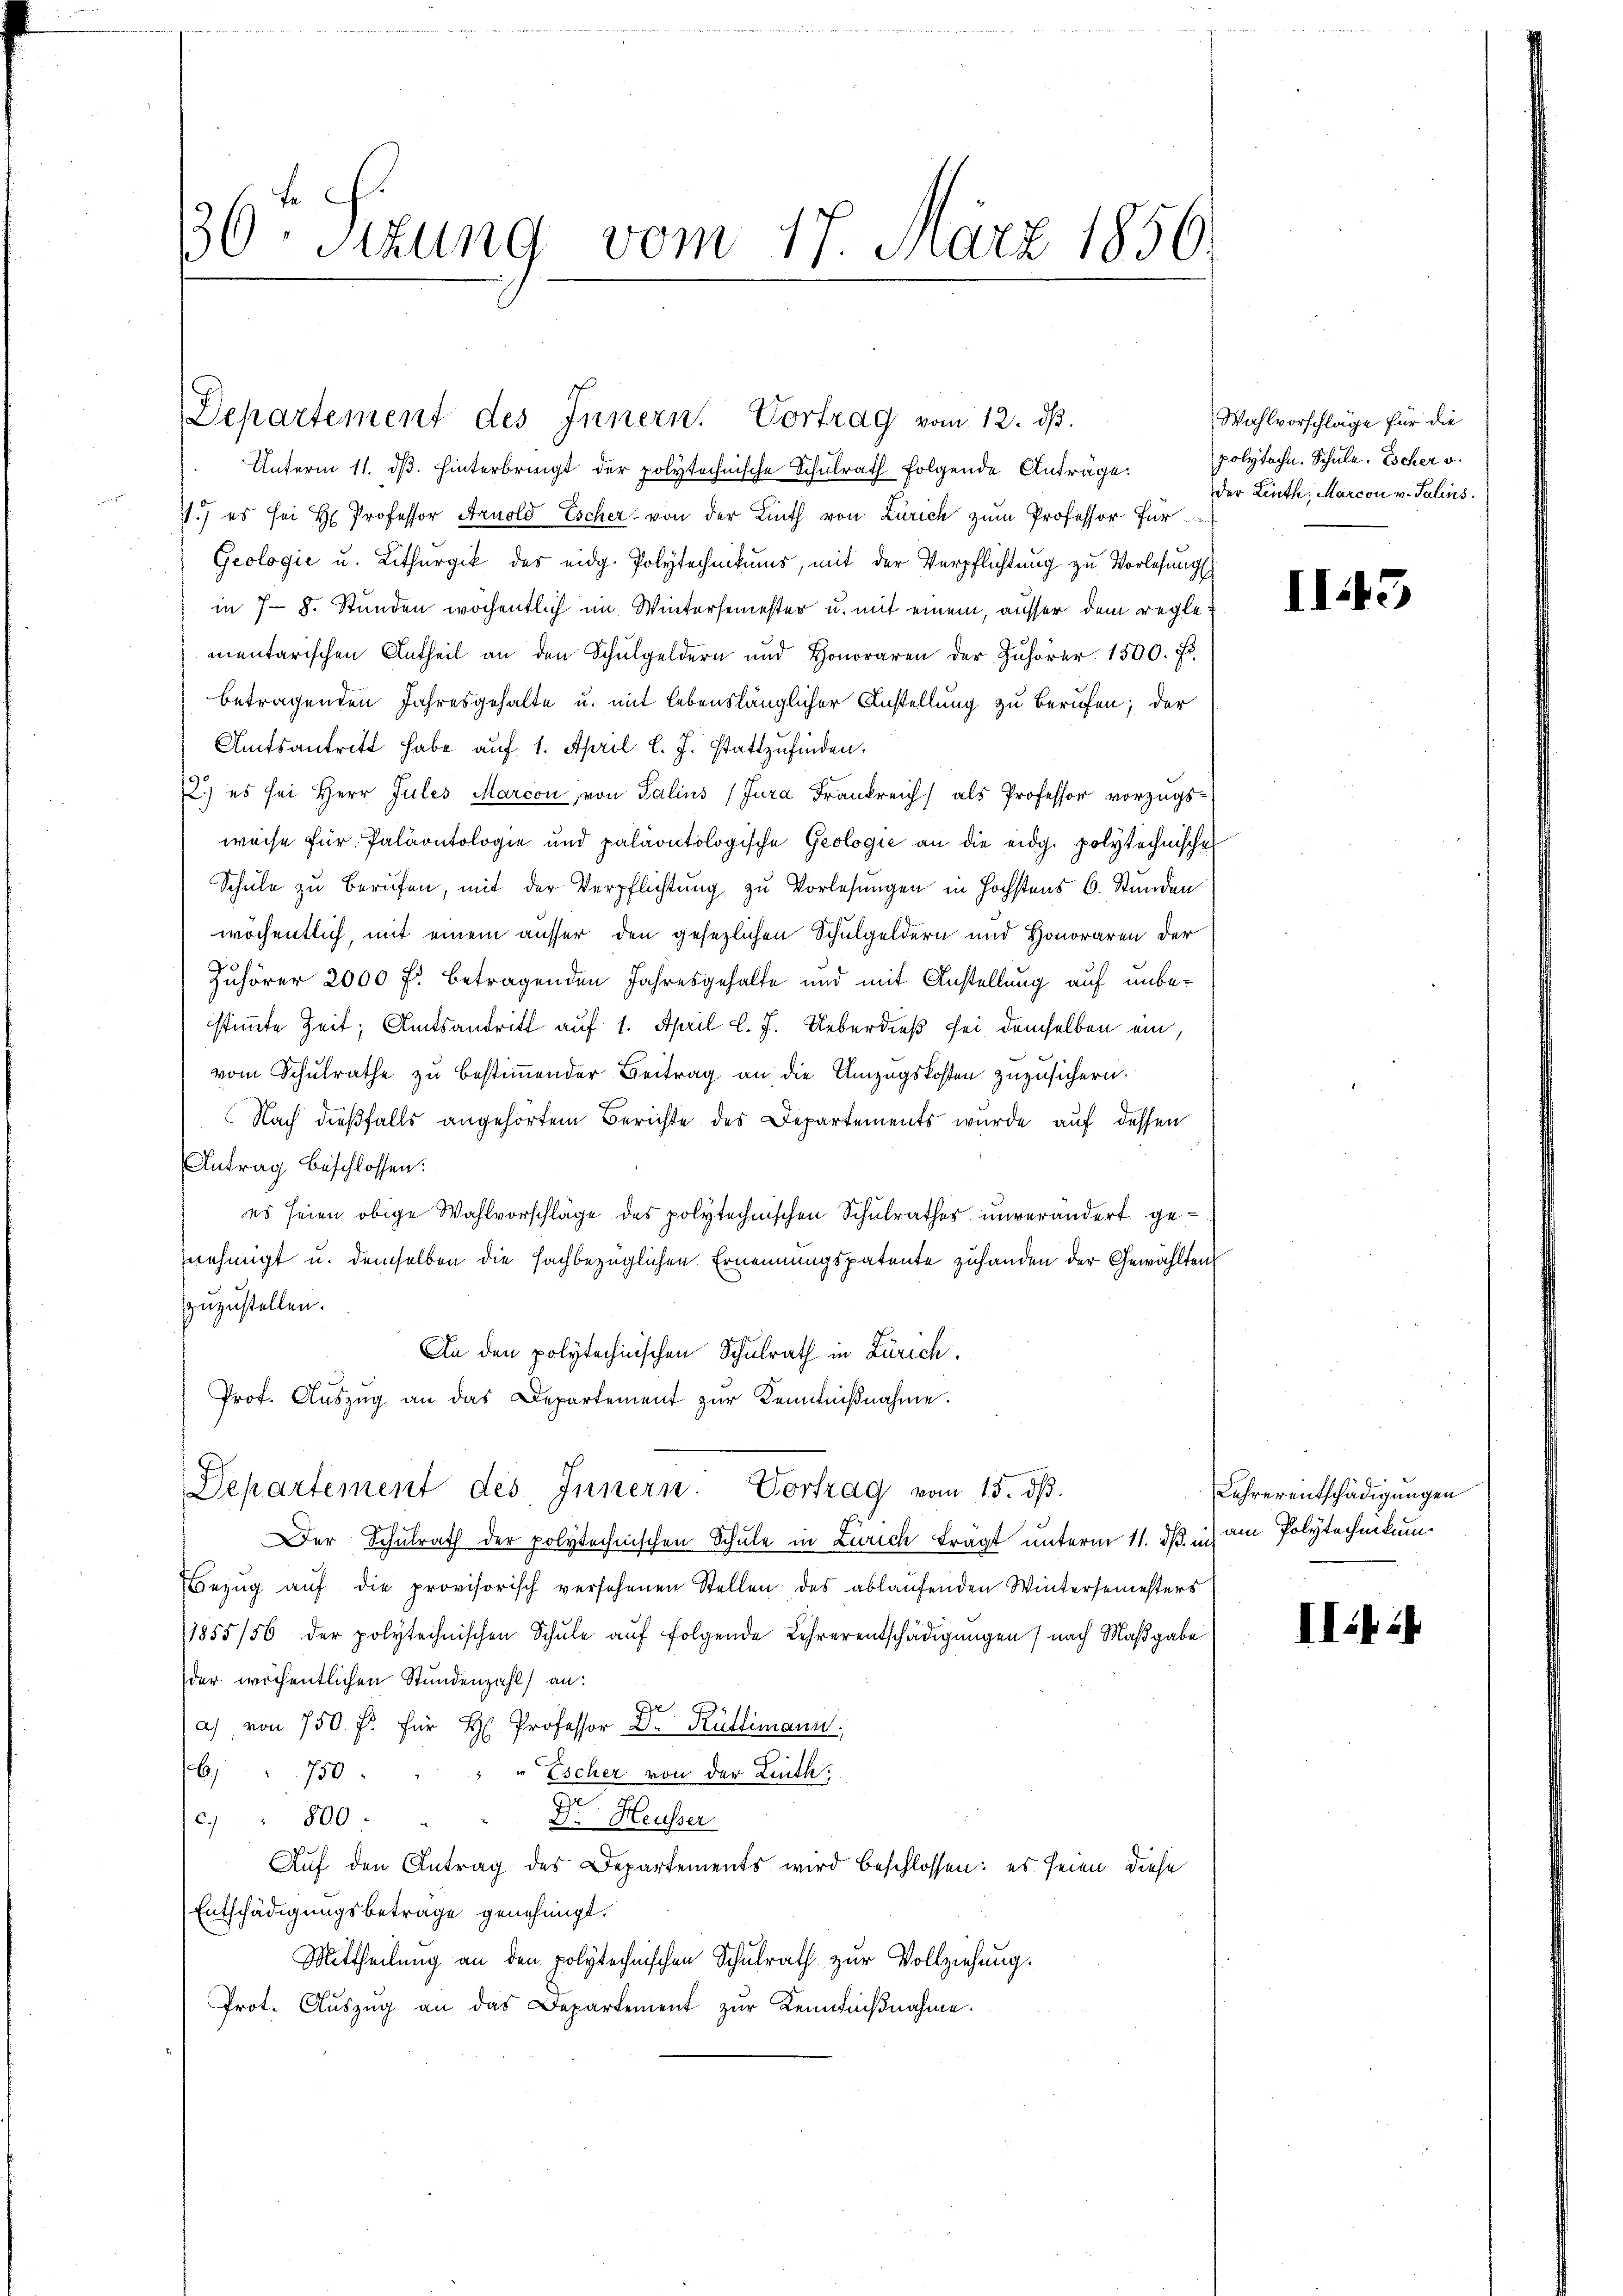
36t Sizung vom 17. März 1850.

Departement des Innern. Vortrag vom 12. ds.

Unterm 11. dβ. hinterbringt der polytechnische Schulrath folgende Anträge.
7.) es sei H. Professor Arnold Escher von der Linth von Zürich zum Professor Für¬
Geologie u. Lithurgik des eidg. Polytechnikums, mit der Verpflichtung zu Vorlesungs
in 7-8. Stunden wochentlich im Wintersemester u. mit einem, ausser dem reglementarischen Antheil an den Schulgeldern und Honoraren der Zuhörer 1500. Fr.
betragenden Jahresgehalte u. mit lebenslänglicher Anstellung zu berufen; der
Amtsantritt habe auf 1. April l. J. stattzŭfinden.
2.) es sei Herr Jules Marcon, von Salins (Jura Frankreich als Professor vorzugsweise für Paläontologie und paläontologische Geologie an die eidg. polytechnische
Schule zu berufen, mit der Verpflichtung zu Vorlesungen in höchstens 6. Stunden
wöchentlich, mit einem ausser den gesezlichen Schulgeldern und Honoraren der
Zuhörer 2000 f. betragenden Jahresgehalte und mit Anstellung auf unbestimmte Zeit, Amtsantritt auf 1. April l. J. Ueberdieß sei demselben ein,
vom Schulrathe zu bestimmender Beitrag an die Umzugskosten zuzusichern.
Nach dießfalls angehörtem Berichte des Departements wurde auf dessen
Antrag beschlossen:
es seien obige Wahlvorschläge des polytechnischen Schulrathes unverändert genehmigt u. demselben die sachbezüglichen Ernennungspatente zuhanden der Gewählten
zuzustellen.
An den polytechnischen Schulrath in Zürich,
Prof. Aŭszŭg an das Departement zŭr Kenntnißnahme.
Departement des Innern. Vortrag vom 15. dβ.
Der Schulrath der polytechnischen Schule in Zürich fragt unterm 11. ds. u. am Polytechnikum
Bezŭg aŭf die provisorisch versehenen Stellen des ablaŭfenden Wintersemesters
1855/56 der polytechnischen Schule auf folgende Lehrerentschädigungen) nach Maßgabe
der wöchentlichen Stundenzahl an:
a) von 750 f. für H. Professor Dr. Rüttimann
6. 750
" " Escher von der Linth.
c. " 800.
Dr. Heusser
Auf den Antrag des Departements wird beschlossen: es seien diese
Entschädigungsbetrage genehmigt.
Mittheilung an den polytechnischen Schulrath zur Vollziehung.
Prot. Aŭszŭg an das Departement zŭr Kenntniβnahme.

Wahlvorschläge für die
polytechn. Schule. Escher v.
der Linth, Marcon v. Salins.

II3

Lehrerentschädigungen

III 2